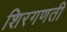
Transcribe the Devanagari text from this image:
शिरगणती